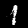
Digit: 1